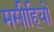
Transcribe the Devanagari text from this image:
मसीहियों